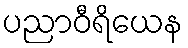
ပညာဝီရိယေန